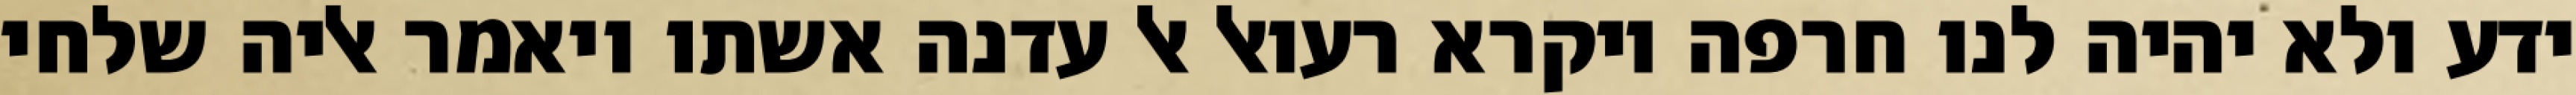
ידע ולא יהיה לנו חרפה ויקרא רעואל אל עדנה אשתו ויאמר אליה שלחי